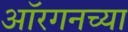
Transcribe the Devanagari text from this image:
ऑरगनच्या